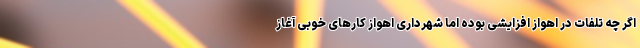
اگر چه تلفات در اهواز افزایشی بوده اما شهرداری اهواز کارهای خوبی آغاز